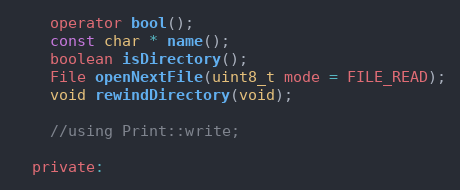
Language: C
    operator bool();
    const char * name();
    boolean isDirectory();
    File openNextFile(uint8_t mode = FILE_READ);
    void rewindDirectory(void);

    //using Print::write;

  private: